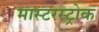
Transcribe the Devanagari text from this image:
मास्टरस्ट्रोक